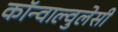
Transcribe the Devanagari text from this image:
कॉन्वाल्वुलेसी